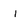
Character: i